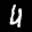
Label: 4